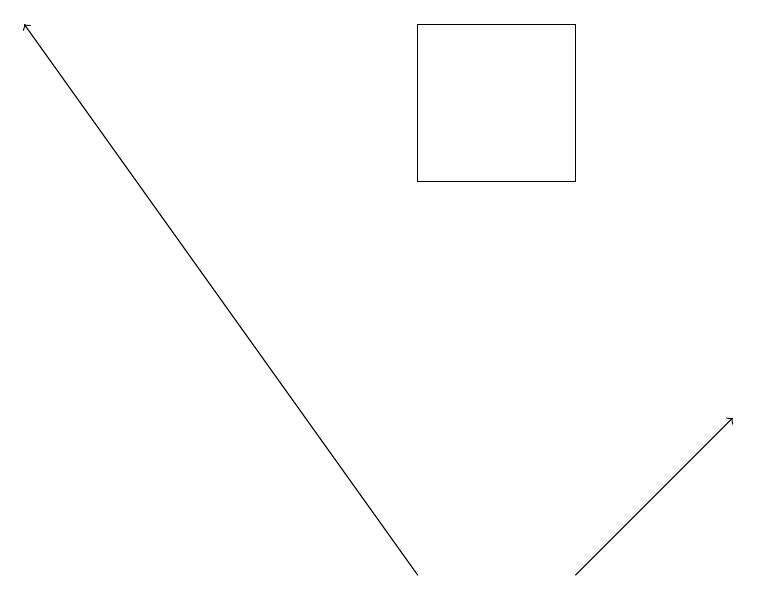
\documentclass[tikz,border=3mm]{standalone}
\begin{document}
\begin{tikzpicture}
\draw[->] (5,12) -- (0,19);
\draw (7,19) rectangle (5,17);
\draw[->] (7,12) -- (9,14);
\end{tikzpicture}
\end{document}